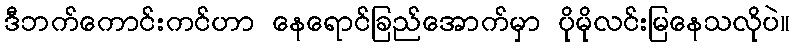
ဒီဘက်ကောင်းကင်ဟာ နေရောင်ခြည်အောက်မှာ ပိုမိုလင်းမြနေသလိုပဲ။